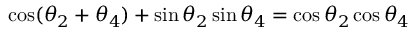
\cos ( \theta _ { 2 } + \theta _ { 4 } ) + \sin \theta _ { 2 } \sin \theta _ { 4 } = \cos \theta _ { 2 } \cos \theta _ { 4 }